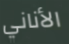
الأناني